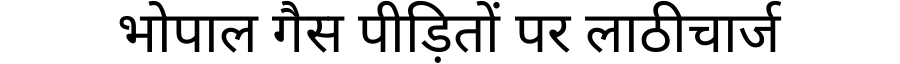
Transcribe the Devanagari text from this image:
भोपाल गैस पीड़ितों पर लाठीचार्ज